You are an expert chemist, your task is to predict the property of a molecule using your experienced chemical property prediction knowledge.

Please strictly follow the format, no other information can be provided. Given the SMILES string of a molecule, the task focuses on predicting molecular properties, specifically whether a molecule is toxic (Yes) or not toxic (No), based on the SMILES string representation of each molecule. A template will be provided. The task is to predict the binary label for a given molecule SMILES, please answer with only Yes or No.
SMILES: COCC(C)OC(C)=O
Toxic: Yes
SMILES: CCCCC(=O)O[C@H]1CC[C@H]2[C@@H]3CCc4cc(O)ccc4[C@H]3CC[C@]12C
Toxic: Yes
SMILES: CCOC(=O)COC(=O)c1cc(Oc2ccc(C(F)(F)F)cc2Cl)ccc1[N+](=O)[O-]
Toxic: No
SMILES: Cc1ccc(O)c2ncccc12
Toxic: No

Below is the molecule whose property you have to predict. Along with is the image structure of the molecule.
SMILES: CCC(=O)N(c1ccccc1)C1CCN(CCc2cccs2)CC1
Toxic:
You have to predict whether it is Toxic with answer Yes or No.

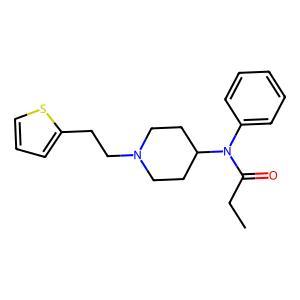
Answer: No